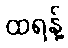
ထရန့်